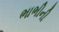
ભાભીની